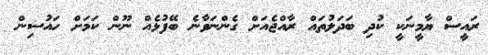
ރައީސް ޔާމީނަކީ ކުދި ބަދަލުތައް ރާއްޖެއަށް ގެންނަވާނެ ބޭފުޅެއް ނޫން ކަމަށް ހައުސިން